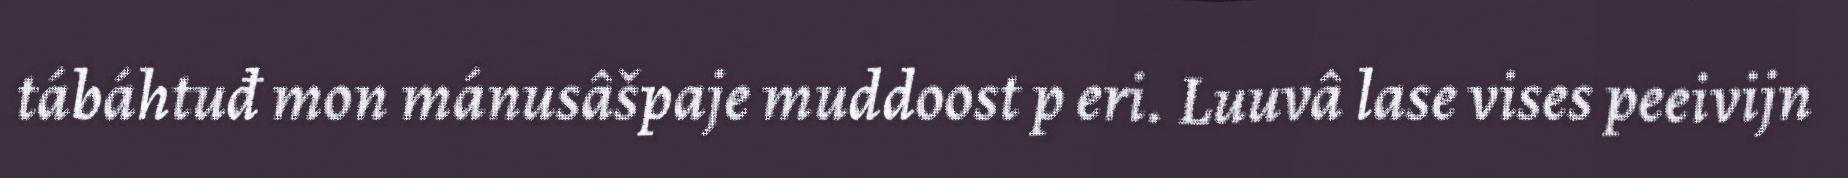
tábáhtuđ mon mánusâšpaje muddoost p eri. Luuvâ lase vises peeivijn